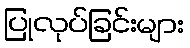
ပြုလုပ်ခြင်းများ